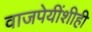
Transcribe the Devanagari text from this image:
वाजपेयींशीही